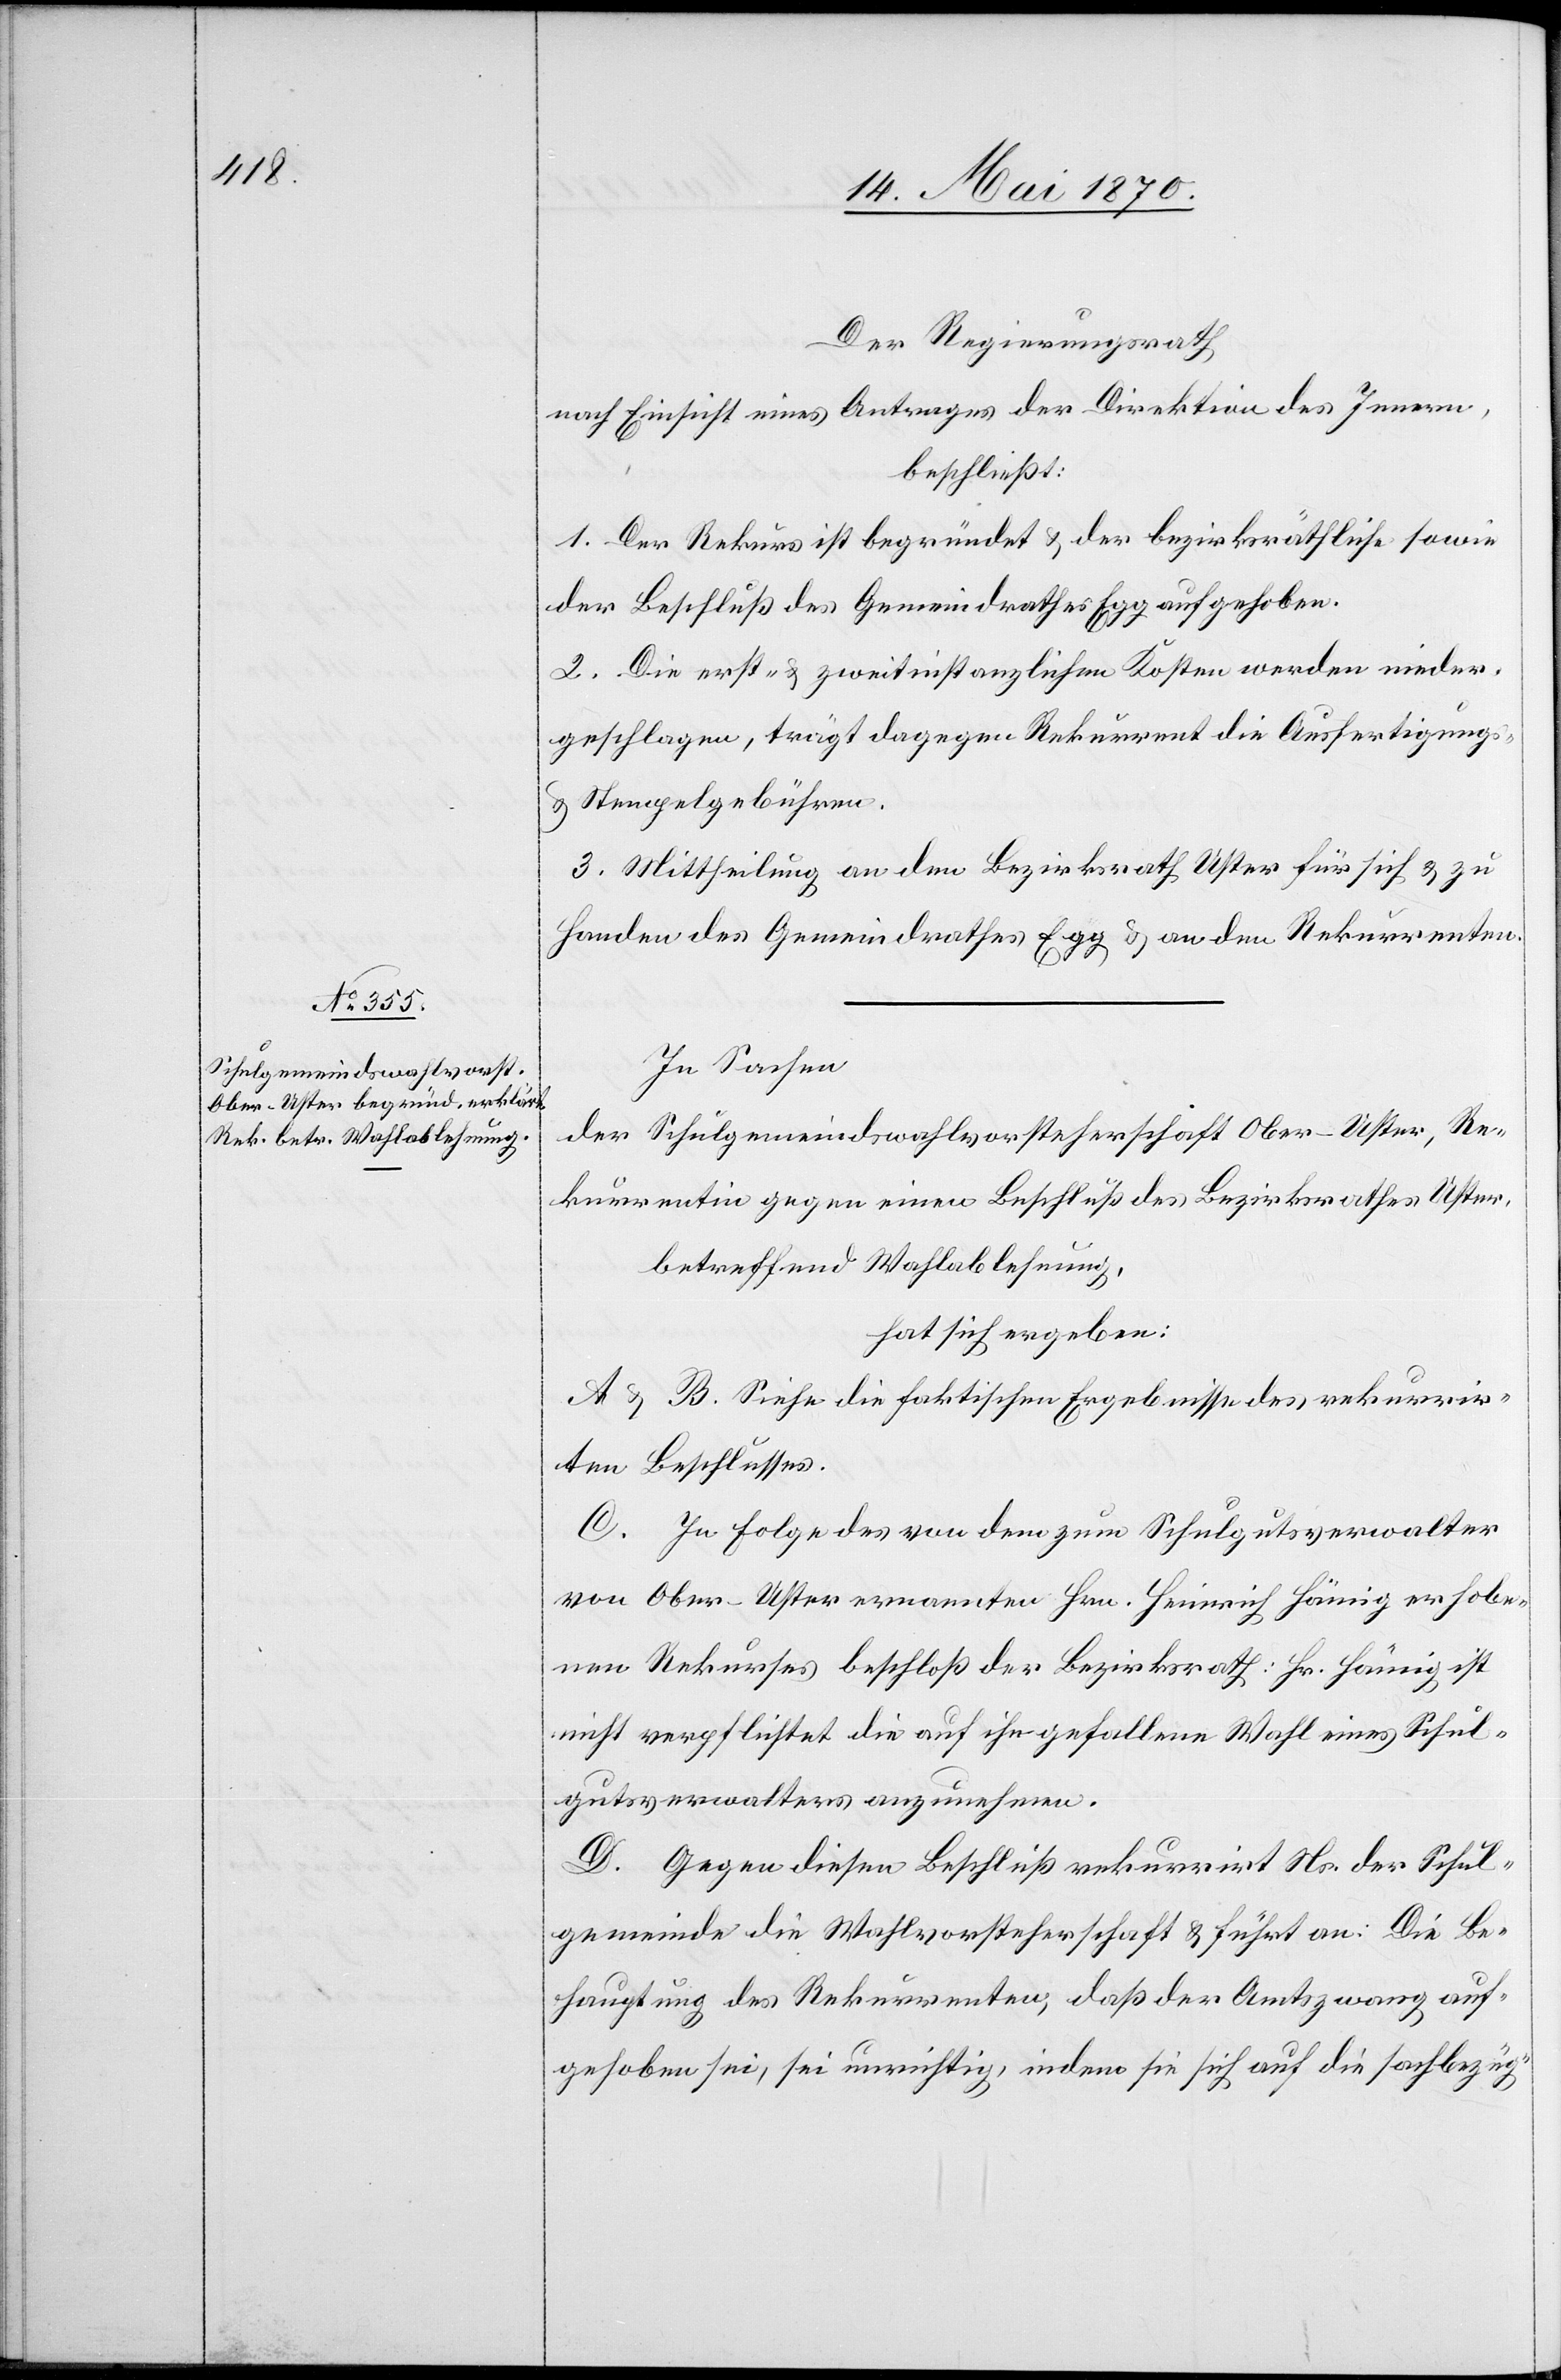
Der Regierungsrath
nach Einsicht eines Antrages der Direktion des Innern,
beschließt:
1. Der Rekurs ist begründet & der bezirksräthliche sowie
der Beschluß des Gemeindrathes Egg aufgehoben.
2. Die erst- & zweitinstanzlichen Kosten werden nieder¬
geschlagen, trägt dagegen Rekurrent die Ausfertigungs-
& Stempelgebühren.
3. Mittheilung an den Bezirksrath Uster für sich & zu
Handen des Gemeindrathes Egg & an den Rekurrenten.
In Sachen
der Schulgemeindswahlvorsteherschaft Ober-Uster, Re¬
kurrentin gegen einen Beschluß des Bezirksrathes Uster,
betreffend Wahlablehnung,
hat sich ergeben:
A & B. Siehe die faktischen Ergebnisse des rekurrir¬
ten Beschlusses.
C. In Folge des von dem zum Schulgutsverwalter
von Ober-Uster ernannten Hrn. Heinrich Hämig erhobe¬
nen Rekurses beschloß der Bezirksrath: Hr. Hämig ist
nicht verpflichtet die auf ihn gefallene Wahl eines Schul¬
gutsverwalters anzunehmen.
D. Gegen diesen Beschluß rekurrirt Ns. der Schul¬
gemeinde die Wahlvorsteherschaft & führt an: Die Be¬
hauptung des Rekurrenten, daß der Amtszwang auf¬
gehoben sei, sei unrichtig, indem sie sich auf die sachbezüg-